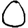
Digit: 0